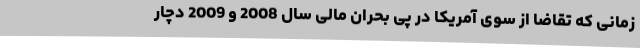
زمانی که تقاضا از سوی آمریکا در پی بحران مالی سال 2008 و 2009 دچار